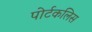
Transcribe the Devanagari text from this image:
पोर्टकलिस